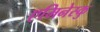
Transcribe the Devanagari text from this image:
एमिनेस्कु